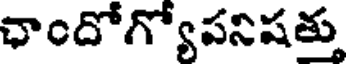
ఛాందోగ్యోపనిషత్తు